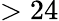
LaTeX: >24